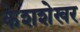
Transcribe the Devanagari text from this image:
केशशेखर